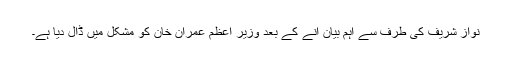
نواز شریف کی طرف سے اہم بیان آنے کے بعد وزیر اعظم عمران خان کو مشکل میں ڈال دیا ہے۔